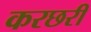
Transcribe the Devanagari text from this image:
करछरी